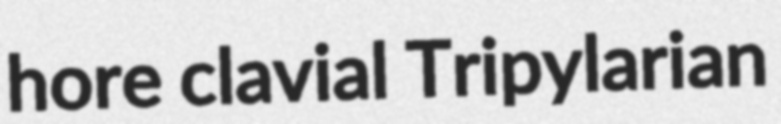
hore clavial Tripylarian